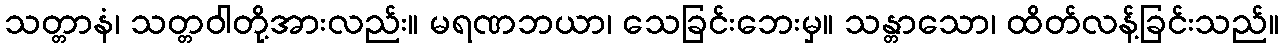
သတ္တာနံ၊ သတ္တဝါတို့အားလည်း။ မရဏဘယာ၊ သေခြင်းဘေးမှ။ သန္တာသော၊ ထိတ်လန့်ခြင်းသည်။